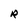
Character: R